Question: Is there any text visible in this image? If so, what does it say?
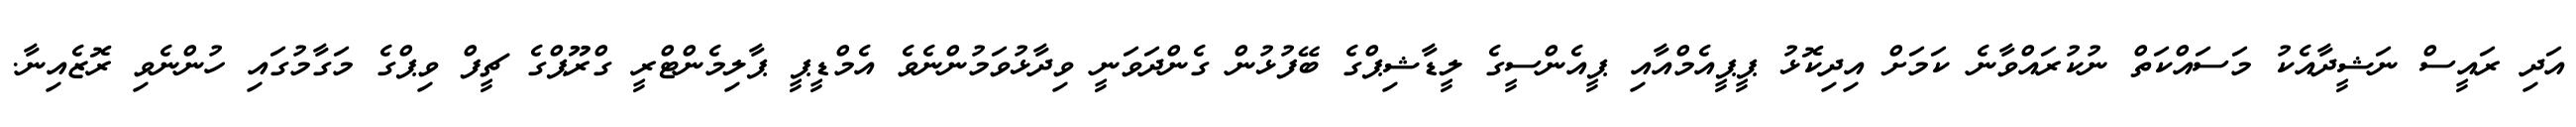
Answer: އަދި ރައީސް ނަޝީދާއެކު މަސައްކަތް ނުކުރައްވާނެ ކަމަށް އިދިކޮޅު ޕީޕީއެމްއާއި ޕީއެންސީގެ ލީޑާޝިޕްގެ ބޭފުޅުން ގެންދަވަނީ ވިދާޅުވަމުންނެވެ އެމްޑީޕީ ޕާލިމެންޓްރީ ގްރޫޕްގެ ޗީފް ވިޕްގެ މަގާމުގައި ހުންނެވި ރޮޒެއިނާ.